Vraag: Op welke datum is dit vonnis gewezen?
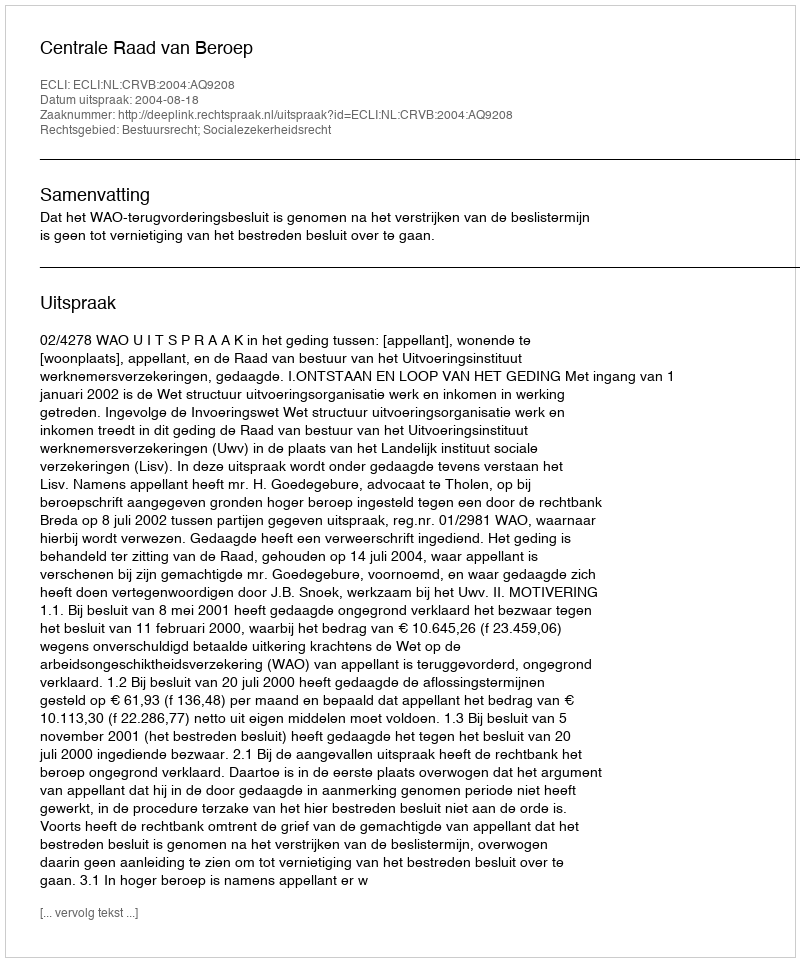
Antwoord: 2004-08-18